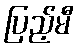
ပြည့်မီ